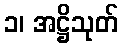
၁၊ အဋ္ဌိသုတ်